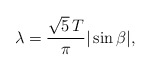
\begin{align*}\lambda= \frac{\sqrt{5}\, T}{\pi} |\sin \beta|, \end{align*}